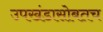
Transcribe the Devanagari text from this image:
उपखंडासोबतच